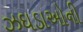
ઝઘડાઓની